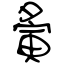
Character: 夤